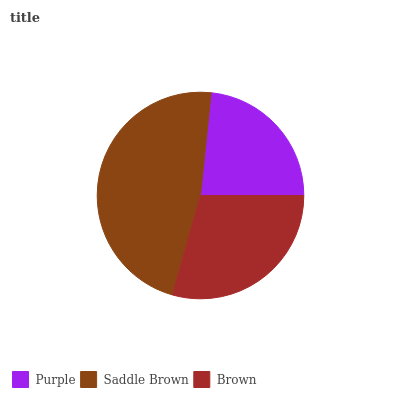
| Purple | Saddle Brown | Brown |
 | --- | --- | --- |
 | 23.4% | 47.2% | 29.4% |